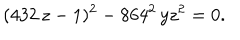
( 4 3 2 \, z - 1 ) ^ { 2 } - 8 6 4 ^ { 2 } \, y z ^ { 2 } = 0 .